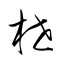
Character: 枻